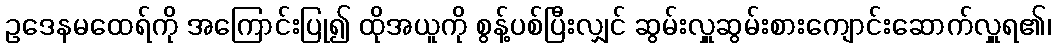
ဥဒေနမထေရ်ကို အကြောင်းပြု၍ ထိုအယူကို စွန့်ပစ်ပြီးလျှင် ဆွမ်းလှူဆွမ်းစားကျောင်းဆောက်လှူရ၏၊